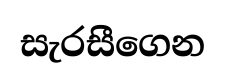
සැරසීගෙන